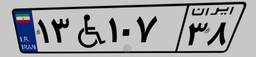
۵۶W۵۲۳۰۱